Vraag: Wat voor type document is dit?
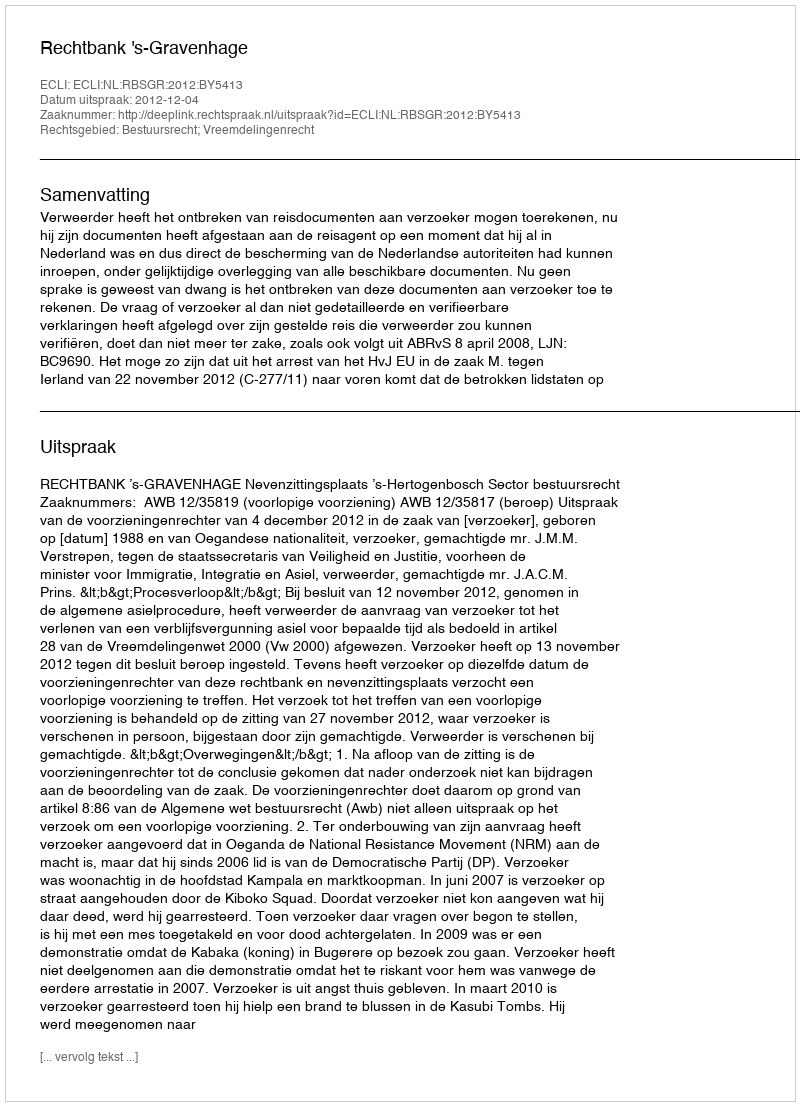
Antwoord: Uitspraak